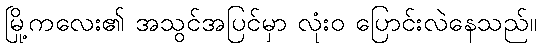
မြို့ကလေး၏ အသွင်အပြင်မှာ လုံးဝ ပြောင်းလဲနေသည်။